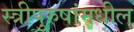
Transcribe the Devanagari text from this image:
स्त्रीपुरुषांमधील